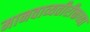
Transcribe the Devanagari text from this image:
मानवाव्यतीरीक्तच्या